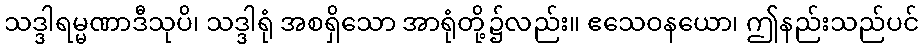
သဒ္ဒါရမ္မဏာဒီသုပိ၊ သဒ္ဒါရုံ အစရှိသော အာရုံတို့၌လည်း။ ဧသေဝနယော၊ ဤနည်းသည်ပင်